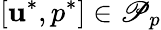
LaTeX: [\mathbf{u}^{\ast},p^{\ast}]\in\mathscr{P}_{p}